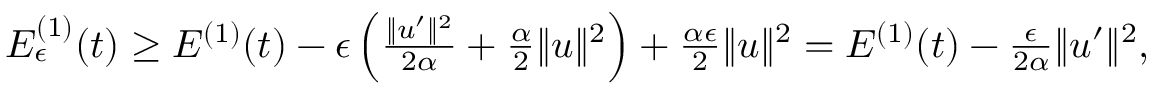
\begin{array} { r } { { \cal E } _ { \epsilon } ^ { ( 1 ) } ( t ) \geq { \cal E } ^ { ( 1 ) } ( t ) - \epsilon \left( \frac { \| u ^ { \prime } \| ^ { 2 } } { 2 \alpha } + \frac { \alpha } { 2 } \| u \| ^ { 2 } \right) + \frac { \alpha \epsilon } { 2 } \| u \| ^ { 2 } = { \cal E } ^ { ( 1 ) } ( t ) - \frac { \epsilon } { 2 \alpha } \| u ^ { \prime } \| ^ { 2 } , } \end{array}